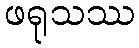
ဖရုသဿ